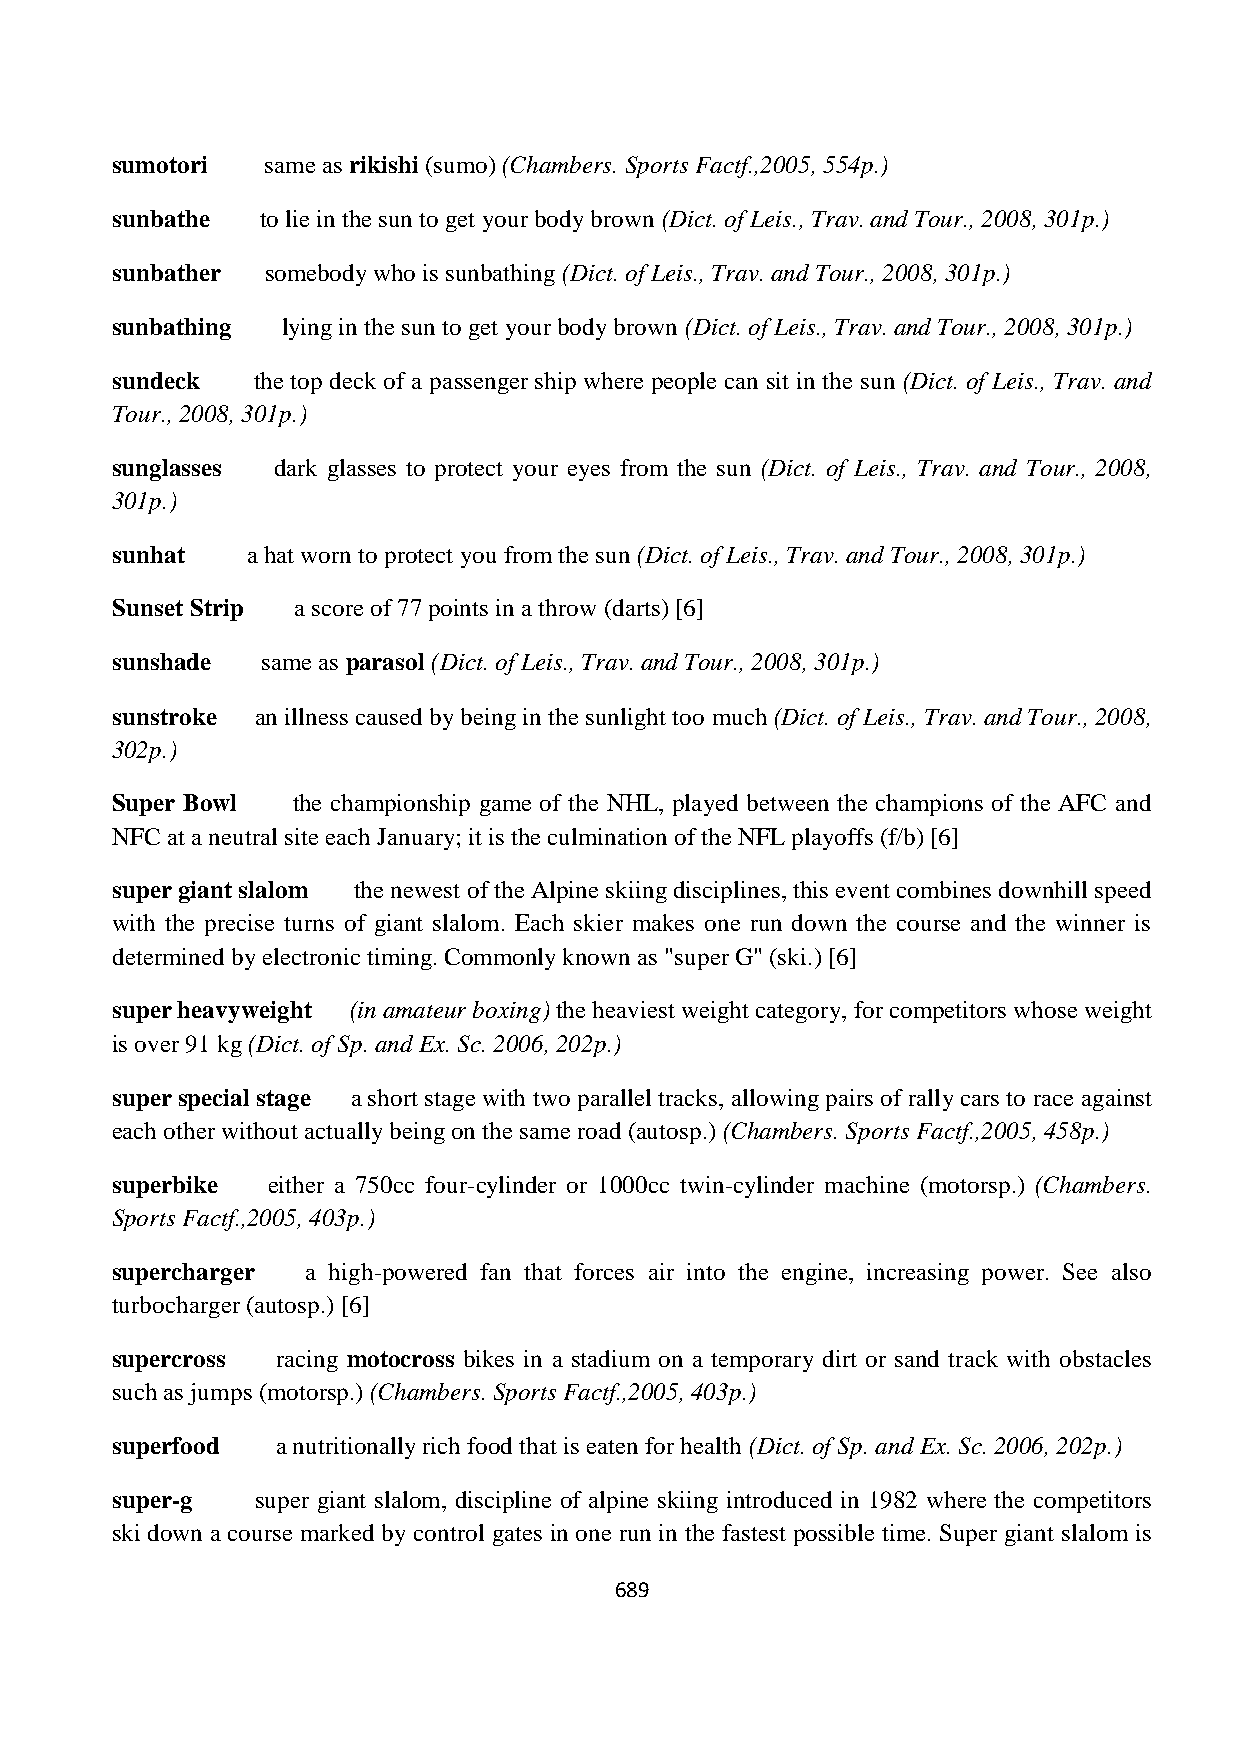
sumotori  same as rikishi (sumo) (Chambers. Sports Factf.,2005, 554p.)
 sunbathe  to lie in the sun to get your body brown (Dict. of Leis., Trav. and Tour., 2008, 301p.)
 sunbather  somebody who is sunbathing (Dict. of Leis., Trav. and Tour., 2008, 301p.)
 sunbathing  lying in the sun to get your body brown (Dict. of Leis., Trav. and Tour., 2008, 301p.)
 sundeck   the top deck of a passenger ship where people can sit in the sun (Dict. of Leis., Trav. and
 Tour., 2008, 301p.)
 sunglasses dark glasses to protect your eyes from the sun (Dict. of Leis., Trav. and Tour., 2008,
 301p.)
 sunhat   a hat worn to protect you from the sun (Dict. of Leis., Trav. and Tour., 2008, 301p.)
 Sunset Strip a score of 77 points in a throw (darts) [6]
 sunshade  same as parasol (Dict. of Leis., Trav. and Tour., 2008, 301p.)
 sunstroke an illness caused by being in the sunlight too much (Dict. of Leis., Trav. and Tour., 2008,
 302p.)
 Super Bowl  the championship game of the NHL, played between the champions of the AFC and
 NFC at a neutral site each January; it is the culmination of the NFL playoffs (f/b) [6]
 super giant slalom the newest of the Alpine skiing disciplines, this event combines downhill speed
 with the precise turns of giant slalom. Each skier makes one run down the course and the winner is
 determined by electronic timing. Commonly known as "super G" (ski.) [6]
 super heavyweight (in amateur boxing) the heaviest weight category, for competitors whose weight
 is over 91 kg (Dict. of Sp. and Ex. Sc. 2006, 202p.)
 super special stage a short stage with two parallel tracks, allowing pairs of rally cars to race against
 each other without actually being on the same road (autosp.) (Chambers. Sports Factf.,2005, 458p.)
 superbike  either a 750cc four-cylinder or 1000cc twin-cylinder machine (motorsp.) (Chambers.
 Sports Factf.,2005, 403p.)
 supercharger a high-powered fan that forces air into the engine, increasing power. See also
 turbocharger (autosp.) [6]
 supercross racing motocross bikes in a stadium on a temporary dirt or sand track with obstacles
 such as jumps (motorsp.) (Chambers. Sports Factf.,2005, 403p.)
 superfood  a nutritionally rich food that is eaten for health (Dict. of Sp. and Ex. Sc. 2006, 202p.)
 super-g   super giant slalom, discipline of alpine skiing introduced in 1982 where the competitors
 ski down a course marked by control gates in one run in the fastest possible time. Super giant slalom is
 689